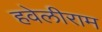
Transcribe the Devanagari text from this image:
हवेलीराम